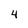
Character: 4